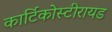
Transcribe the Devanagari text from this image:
कार्टिकोस्टीरायड